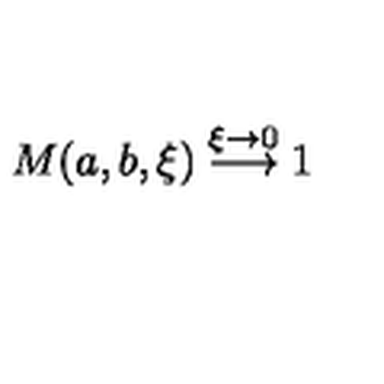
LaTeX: M ( a , b , \xi ) \stackrel { \xi \rightarrow 0 } { \longrightarrow } 1